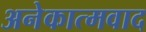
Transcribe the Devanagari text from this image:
अनेकात्मवाद